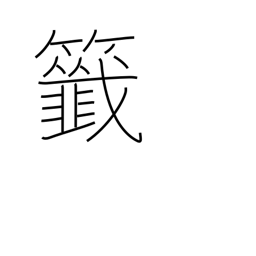
Meaning: raffle